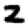
Digit: 2